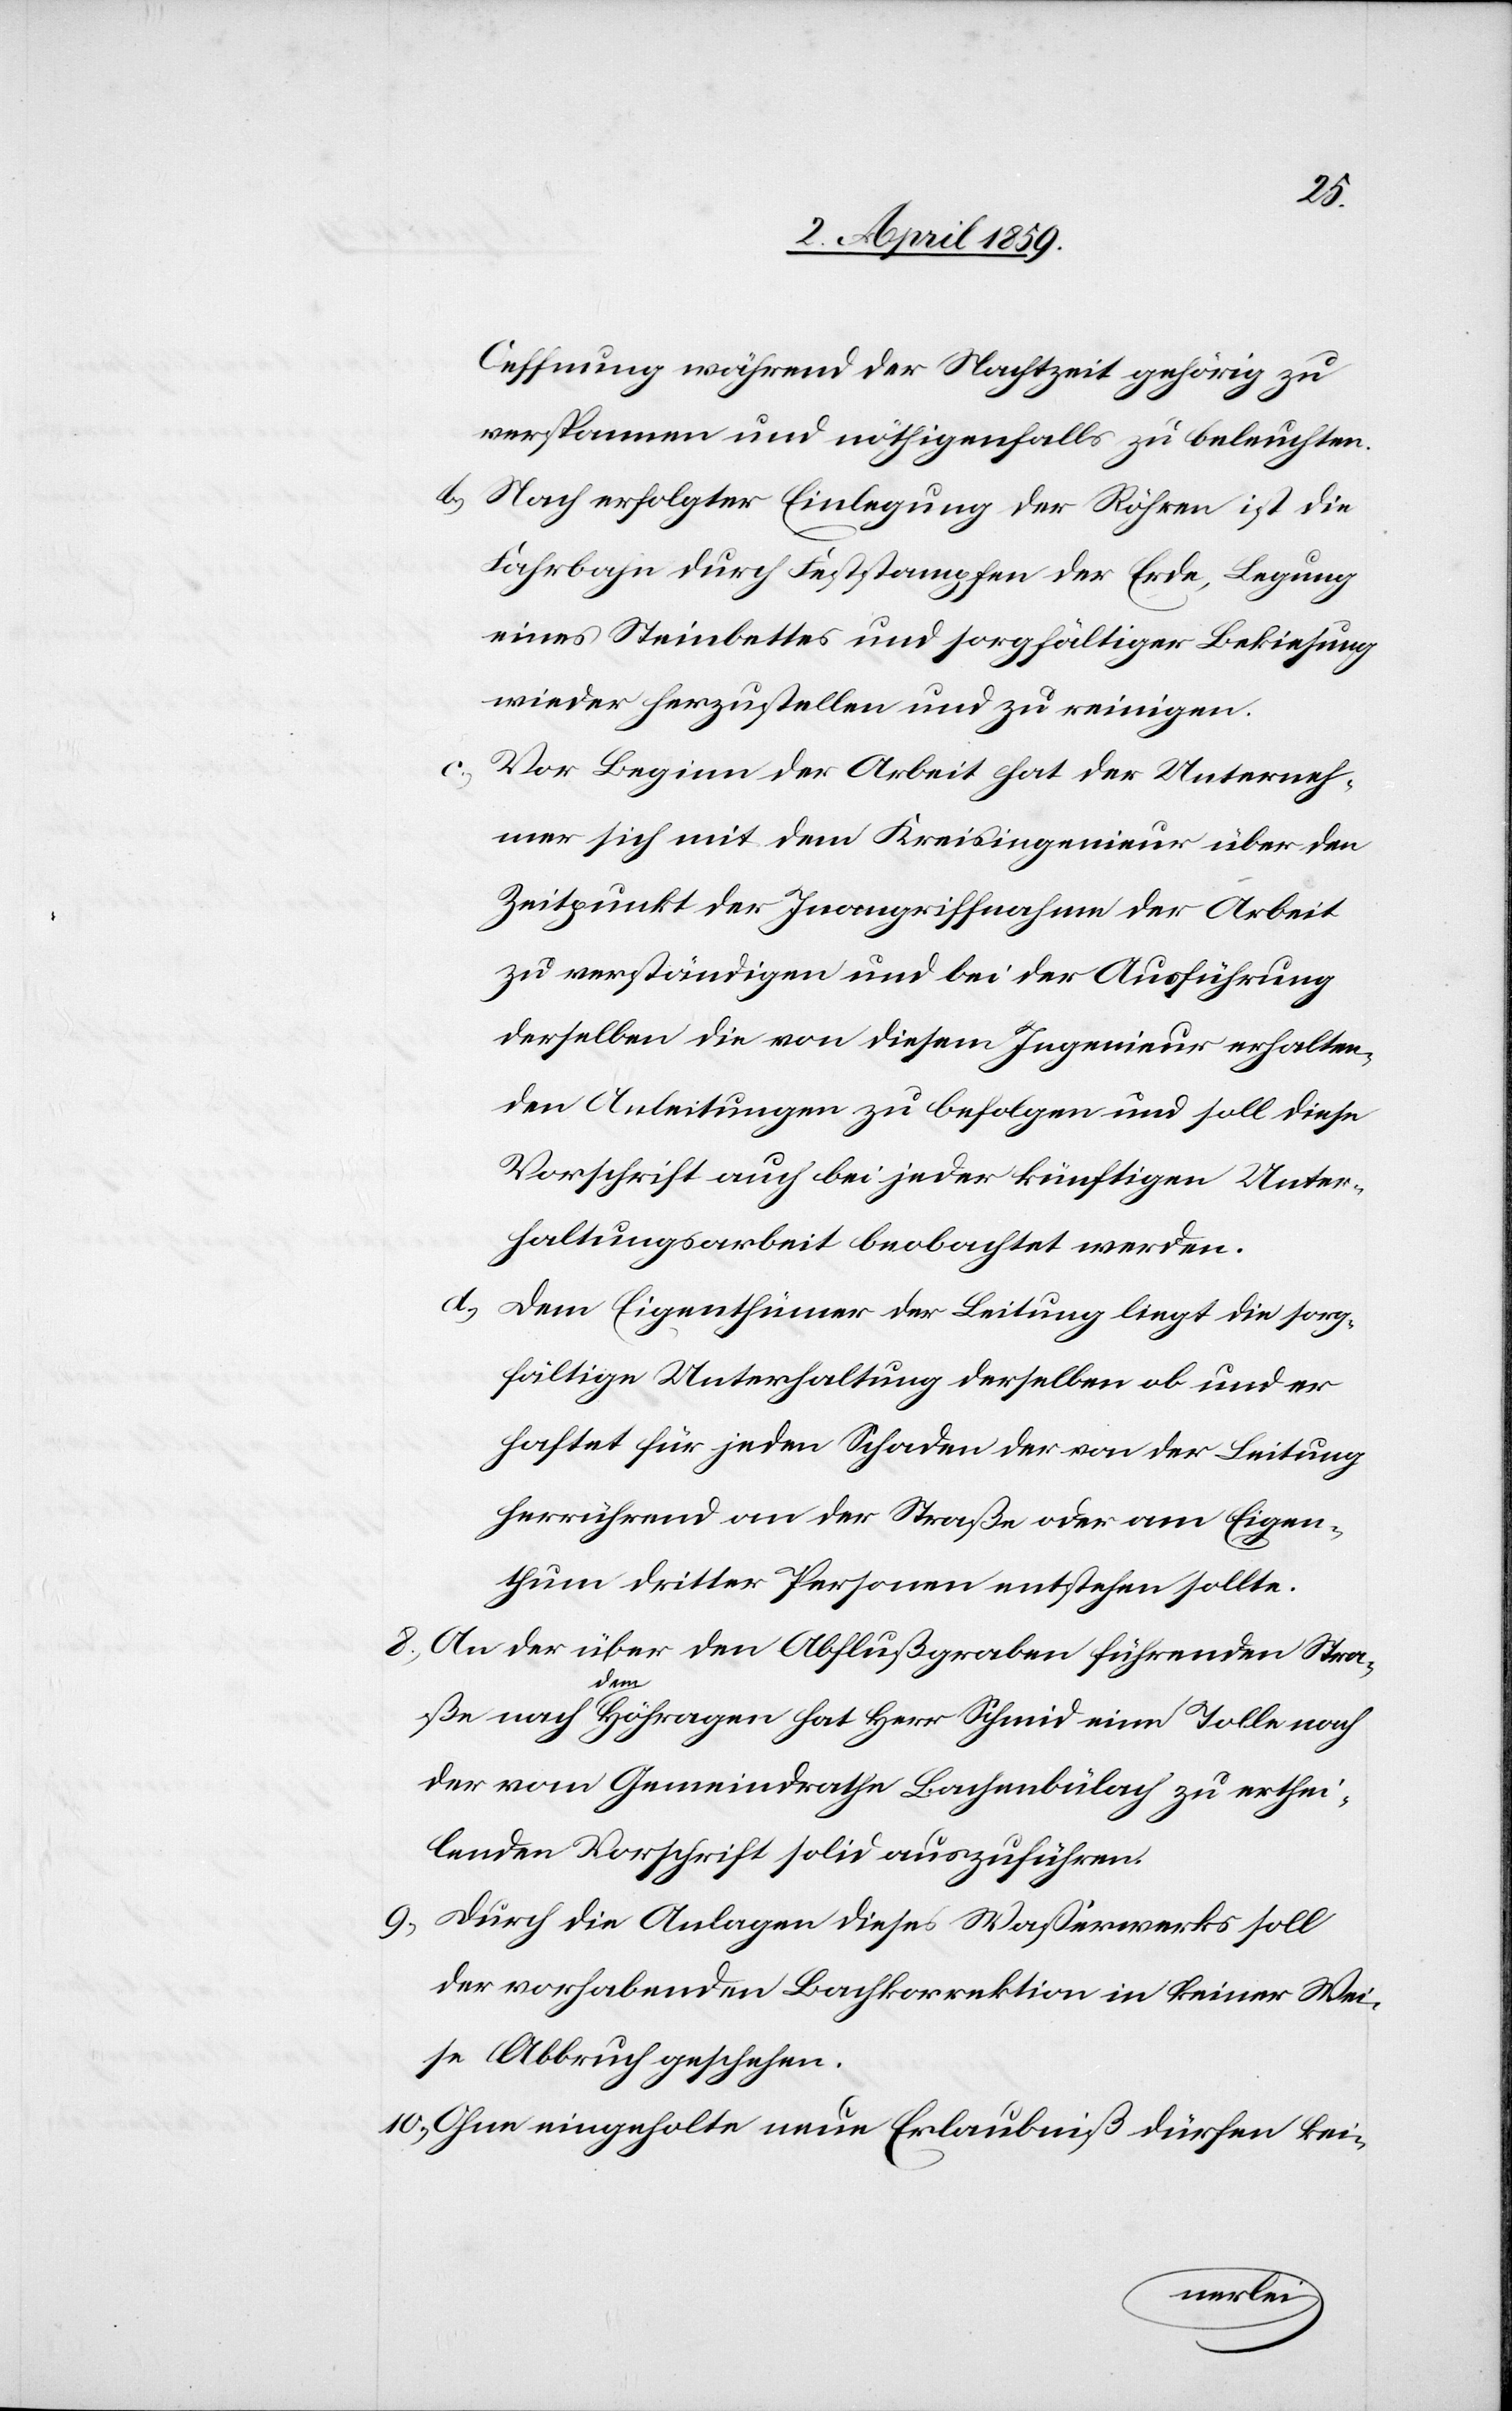
Oeffnung während der Nachtzeit gehörig zu
verspannen und nöthigenfalls zu beleuchten.
b) Nach erfolgter Einlegung der Röhren ist die
Fahrbahn durch Feststampfen der Erde, Legung
eines Steinbettes und sorgfältiger Bekiesung
wieder herzustellen und zu reinigen.
Vor Beginn der Arbeit hat der Unterneh¬
mer sich mit dem Kreisingenieur über den
Zeitpunkt der Inangriffnahme der Arbeit
zu verständigen und bei der Ausführung
derselben die von diesem Ingenieur erhalten¬
den Anleitungen zu befolgen und soll diese
Vorschrift auch bei jeder künftigen Unter¬
haltungsarbeit beobachtet werden.
d) Dem Eigenthümer der Leitung liegt die sorg¬
fältige Unterhaltung derselben ob und er
haftet für jeden Schaden der von der Leitung
herrührend an der Straße oder am Eigen¬
thum dritter Personen entstehen sollte.
8) An der über den Abflußgraben führenden Stra¬
ße nach dem Höhragen hat Herr Schmid eine Tolle nach
der vom Gemeindrathe Bachenbülach zu erthei¬
lenden Vorschrift solid auszuführen.
9) Durch die Anlagen dieses Waßerwerks soll
der vorhabenden Bachkorrektion in keiner Wei¬
se Abbruch geschehen.
10) Ohne eingeholte neue Erlaubniß dürfen kei-